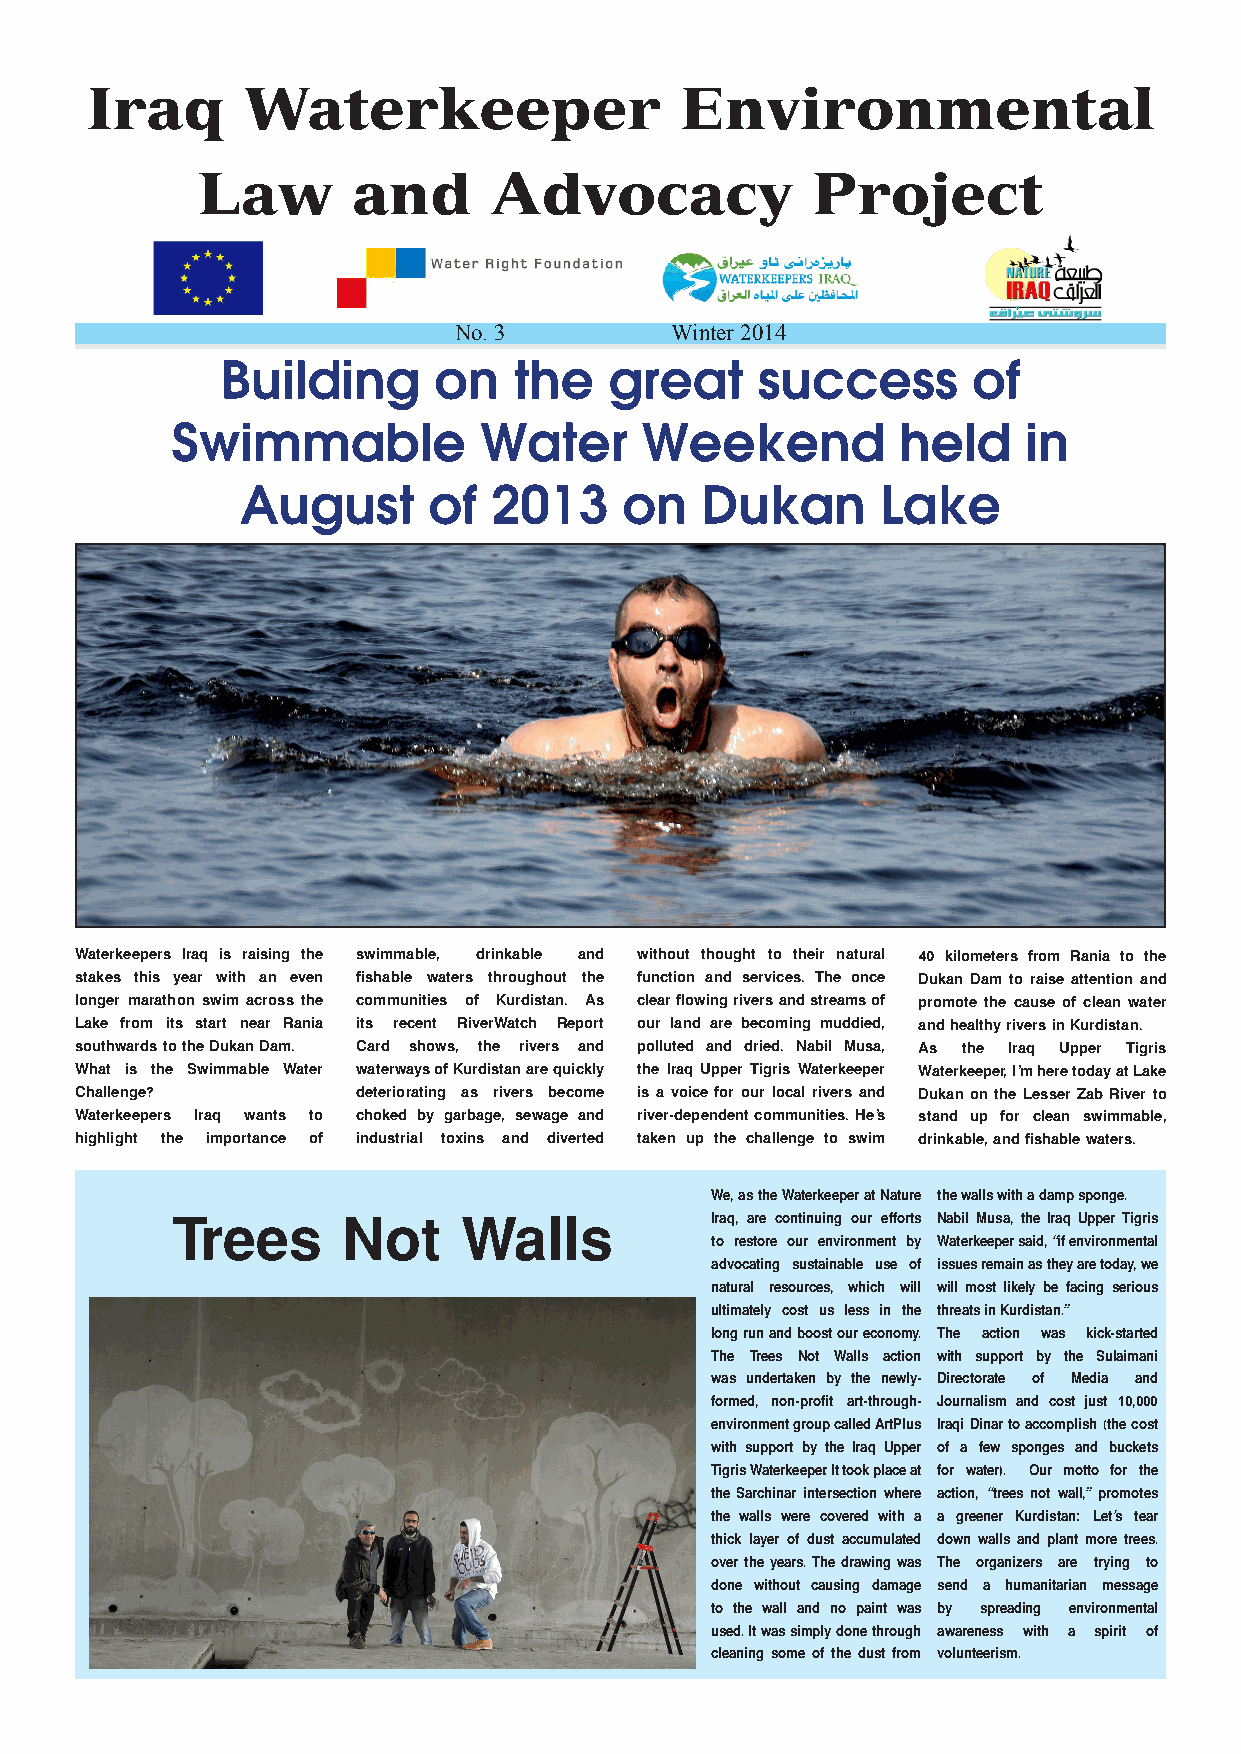
Iraq      Waterkeeper                  Environmental
 Law       and      Advocacy              Project
 No. 3         Winter 2014
 Building      on   the   great     success       of
 Swimmable            Water     Weekend          held     in
 August      of   2013    on   Dukan       Lake
 Waterkeepers Iraq is raising the swimmable, drinkable and without thought to their natural 40 kilometers from Rania to the
 stakes this year with an even fishable waters throughout the function and services. The once Dukan Dam to raise attention and
 longer marathon swim across the communities of Kurdistan. As clear flowing rivers and streams of promote the cause of clean water
 Lake from its start near Rania its recent RiverWatch Report our land are becoming muddied, and healthy rivers in Kurdistan.
 southwards to the Dukan Dam. Card shows, the rivers and polluted and dried. Nabil Musa, As the Iraq Upper Tigris
 What is the Swimmable Water waterways of Kurdistan are quickly the Iraq Upper Tigris Waterkeeper Waterkeeper, I’m here today at Lake
 Challenge?         deteriorating as rivers become is a voice for our local rivers and Dukan on the Lesser Zab River to
 Waterkeepers Iraq wants to choked by garbage, sewage and river-dependent communities. He’s stand up for clean swimmable,
 highlight the importance of industrial toxins and diverted taken up the challenge to swim drinkable, and fishable waters.
 We, as the Waterkeeper at Nature the walls with a damp sponge.
 Trees       Not     Walls           Iraq, are continuing our efforts Nabil Musa, the Iraq Upper Tigris
 to restore our environment by Waterkeeper said, “if environmental
 advocating sustainable use of issues remain as they are today, we
 natural resources, which will will most likely be facing serious
 ultimately cost us less in the threats in Kurdistan.”
 long run and boost our economy. The action was kick-started
 The Trees Not Walls action with support by the Sulaimani
 was undertaken by the newly- Directorate of Media and
 formed, non-profit art-through- Journalism and cost just 10,000
 environment group called ArtPlus Iraqi Dinar to accomplish (the cost
 with support by the Iraq Upper of a few sponges and buckets
 Tigris Waterkeeper. It took place at for water). Our motto for the
 the Sarchinar intersection where action, “trees not wall,” promotes
 the walls were covered with a a greener Kurdistan: Let’s tear
 thick layer of dust accumulated down walls and plant more trees.
 over the years. The drawing was The organizers are trying to
 done without causing damage send a humanitarian message
 to the wall and no paint was by spreading environmental
 used. It was simply done through awareness with a spirit of
 cleaning some of the dust from volunteerism.